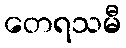
တေရသမီ